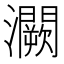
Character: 灍